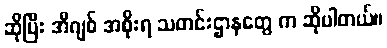
ဆိုပြီး အီဂျစ် အစိုးရ သတင်းဌာနတွေ က ဆိုပါတယ်။